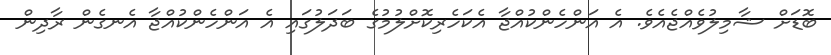
ބޮޑަށް ޝާމިލުވެއްޖެއެވެ. އެ އަންހެންކުއްޖާ އެކަހެރިކޮށްލުމުގެ ބަދަލުގައި އެ އަންހެންކުއްޖާ އެނގެން ރާދިން